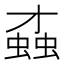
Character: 𧎆